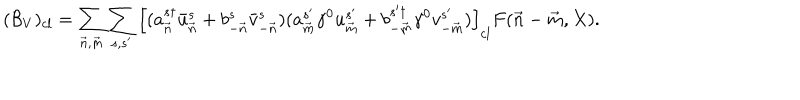
( { \cal B } _ { V } ) _ { c l } = \sum _ { { \vec { n } } , { \vec { m } } } \sum _ { s , s ^ { \prime } } \left[ ( a _ { \vec { n } } ^ { s \dagger } \bar { u } _ { \vec { n } } ^ { s } + b _ { - { \vec { n } } } ^ { s } \bar { v } _ { - { \vec { n } } } ^ { s } ) ( a _ { \vec { m } } ^ { s ^ { \prime } } \gamma ^ { 0 } u _ { \vec { m } } ^ { s ^ { \prime } } + b _ { - { \vec { m } } } ^ { s ^ { \prime } \dagger } \gamma ^ { 0 } v _ { - { \vec { m } } } ^ { s ^ { \prime } } ) \right] _ { c l } F ( { \vec { n } } - { \vec { m } } , X ) .